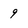
Character: 9